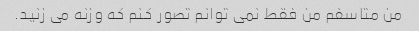
من متاسفم من فقط نمی توانم تصور کنم که وزنه می زنید.